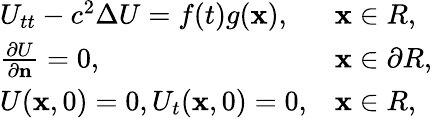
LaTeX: \begin{array}{r}{\begin{array}{ll}{U_{tt}-c^{2}\Delta U=f(t)g(\mathbf x),}&{\mathbf x\in R,}\\ {{\frac{\partial U}{\partial\mathbf n}}=0,}&{\mathbf x\in\partial R,}\\ {U(\mathbf x,0)=0,U_{t}(\mathbf x,0)=0,}&{\mathbf x\in R,}\end{array}}\end{array}